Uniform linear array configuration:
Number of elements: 32
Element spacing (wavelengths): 0.5
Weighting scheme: uniform
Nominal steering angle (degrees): -30
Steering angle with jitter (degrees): -31.626
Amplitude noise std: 0.05
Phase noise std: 0.05

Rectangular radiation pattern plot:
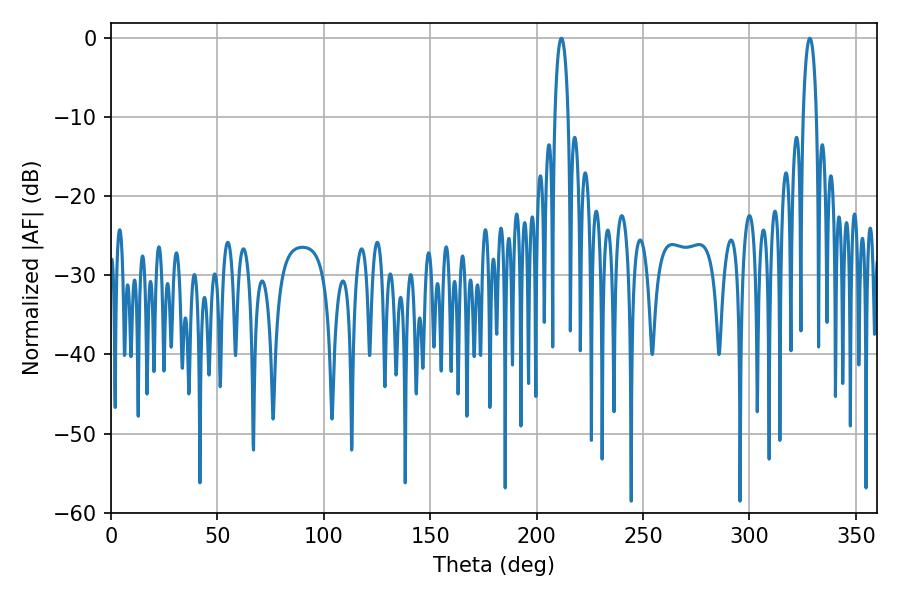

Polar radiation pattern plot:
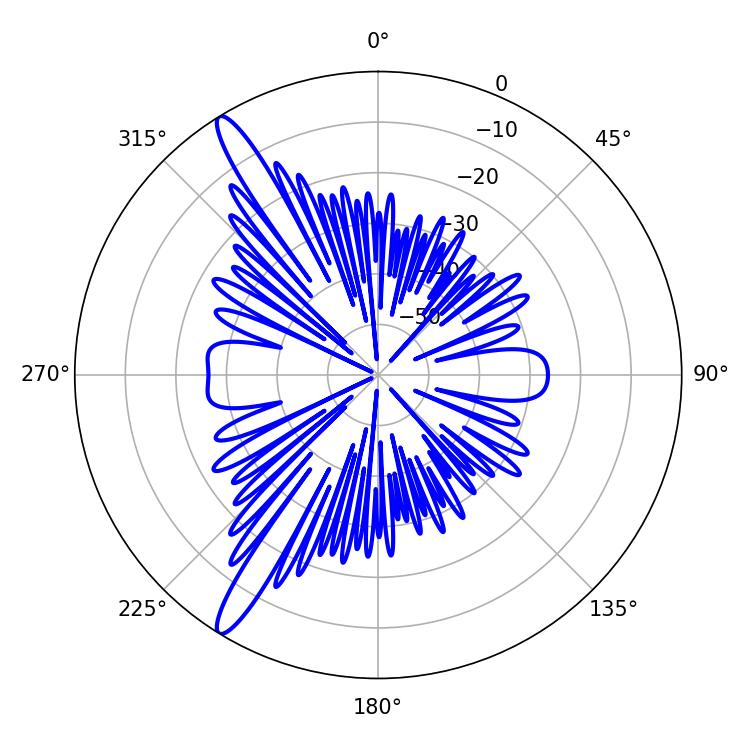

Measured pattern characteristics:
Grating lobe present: FALSE
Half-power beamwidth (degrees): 3.6
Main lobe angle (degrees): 328.32